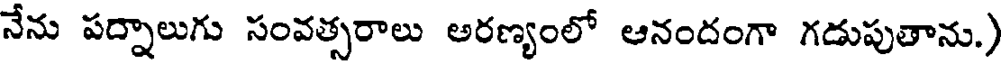
నేను పద్నాలుగు సంవత్సరాలు అరణ్యంలో ఆనందంగా గడుపుతాను.)